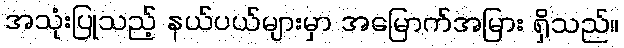
အသုံးပြုသည့် နယ်ပယ်များမှာ အမြောက်အမြား ရှိသည်။